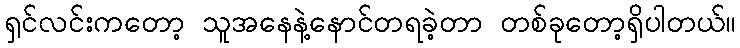
ရှင်လင်းကတော့ သူအနေနဲ့နောင်တရခဲ့တာ တစ်ခုတော့ရှိပါတယ်။